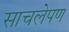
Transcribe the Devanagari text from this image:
साचलेपण